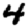
Digit: 4